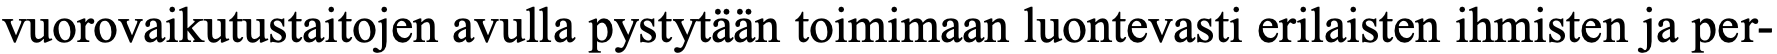
vuorovaikutustaitojen avulla pystytään toimimaan luontevasti erilaisten ihmisten ja per-